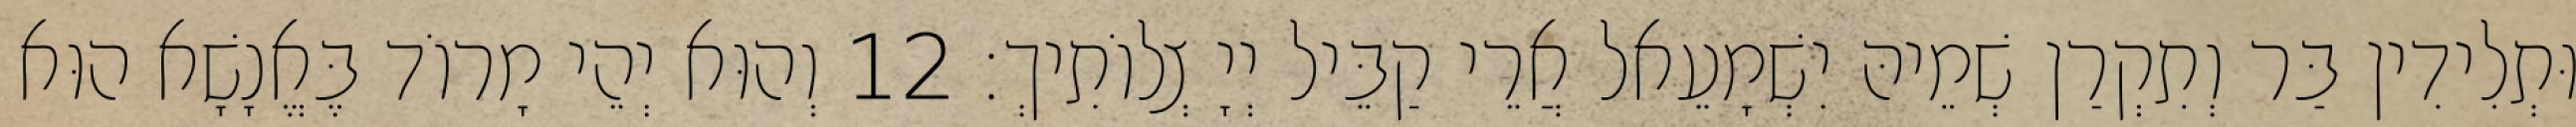
וּתְלִידִין בַּר וְתִקְרַן שְׁמֵיהּ יִשְׁמָעֵאל אֲרֵי קַבֵּיל יְיָ צְלוֹתִיךְ׃ 12 וְהוּא יְהֵי מָרוֹד בֶּאֱנָשָׁא הוּא